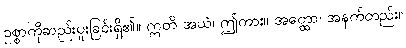
ဥစ္စာကိုဆည်းပူးခြင်းရှိ၏။ ဣတိ အယံ၊ ဤကား။ အတ္ထော၊ အနက်တည်း။